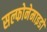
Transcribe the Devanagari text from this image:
सल्फोनेमाइडों